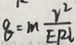
8 = m \frac { r ^ { 2 } } { E R l }